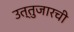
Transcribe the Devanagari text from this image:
उत्तुजारची